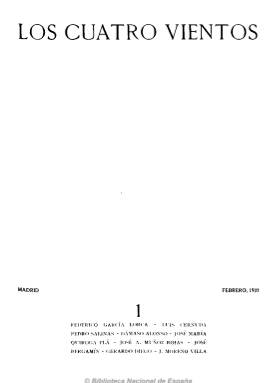
Título: Los Cuatro vientos (Madrid)
Colección: Literatura
Ámbito geográfico: Madrid
Lugar de publicación: Madrid
Fechas: 01/02/1933-30/06/1933

Es el título de la última revista colectiva del grupo de poetas de la Generación del 27, pero abierta también a los escritores más jóvenes de la época, promovida principalmente por Pedro Salinas, Jorge Guillén y Dámaso Alonso para mantener unido al grupo que ha tendido ya a su dispersión. Revista bimensual de corto recorrido, de unas ochenta páginas, que no llega a publicar su cuarto número, debido quizá a problemas de financiación o a divergencias en un proyecto que los mismos promotores no terminaron de ver con claridad.

Carente de ilustraciones, da cabida a composiciones poéticas, a narrativa breve y teatral y al ensayo literario. Entre otros, publican Federico García Lorca, Luis Cernuda, Pedro Salinas, Dámaso Alonso, José Bergamín, Gerardo Diego, José María Moreno Villa, Miguel de Unamuno, Benjamín Jarnés, Manuel Altolaguirre, María Zambrano, Luis Felipe Vivanco, Luis Rosales, Vicente Aleixandre, José María Quiroga Plá y José Antonio Muñoz Rojas.

La edición facsímil de la revista se publica en 1976 y en 2000, esta última en la editorial sevillana Renacimiento, con introducción de Francisco J. Díaz de Castro. Los profesores de la Universidad de Murcia Francisco Javier Díez de Revenga y Mariano de Paco también han publicado estudios sobre esta revista.